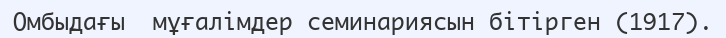
Омбыдағы  мұғалімдер семинариясын бітірген (1917).